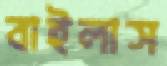
বাইলাস